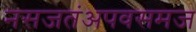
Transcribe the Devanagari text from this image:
नसजतंअपवसमज